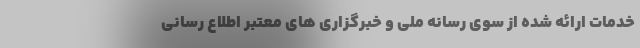
خدمات ارائه شده از سوی رسانه ملی و خبرگزاری های معتبر اطلاع رسانی